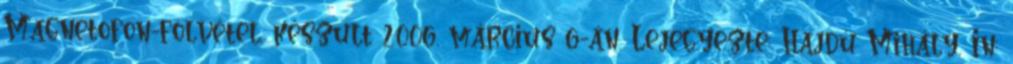
Magnetofon-fölvétel, készült 2006. március 6-án. Lejegyezte: Hajdú Mihály. In: